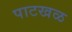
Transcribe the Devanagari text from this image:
पाटखळ